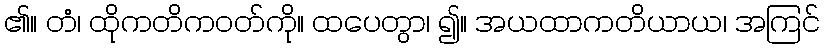
၏။ တံ၊ ထိုကတိကဝတ်ကို။ ထပေတွာ၊ ၍။ အယထာကတိယာယ၊ အကြင်